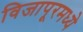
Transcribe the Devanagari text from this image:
विजापूरमध्ये